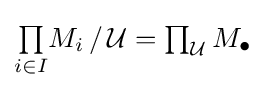
{\textstyle \prod \limits _{i\in I}}M_{i}\,/\,{\mathcal {U}}={\textstyle \prod }_{\mathcal {U}}\,M_{\bullet }